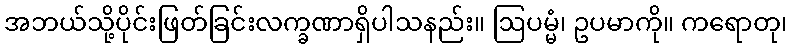
အဘယ်သို့ပိုင်းဖြတ်ခြင်းလက္ခဏာရှိပါသနည်း။ ဩပမ္မံ၊ ဥပမာကို။ ကရောတု၊